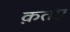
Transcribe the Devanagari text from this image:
क़तए